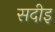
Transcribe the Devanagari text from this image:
सदीइ